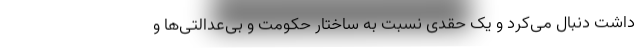
داشت دنبال می‌کرد و یک حِقدی نسبت به ساختار حکومت و بی‌عدالتی‌ها و